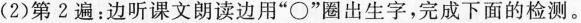
(2)第2遍：边听课文朗读边用”○”圈出生字，完成下面的检测。